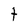
Character: t